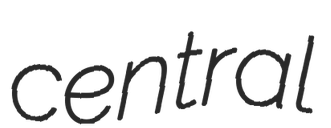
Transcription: central